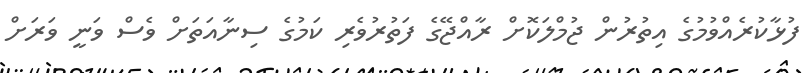
ފުޅާކުރެއްވުމުގެ އިތުރުން ޖުމްލަކޮށް ރާއްޖޭގެ ފަތުރުވެރި ކަމުގެ ސިނާއަތަށް ވެސް ވަނީ ވަރަށް